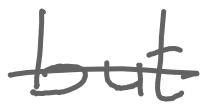
Text: but
Cross-out: single-line
Writing tool: digital_gray